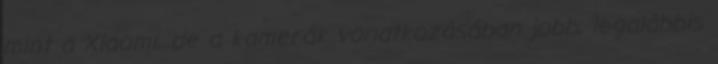
mint a Xiaomi, de a kamerák vonatkozásában jobb, legalábbis